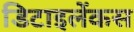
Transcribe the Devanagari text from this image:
डिटाइलेंकस